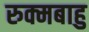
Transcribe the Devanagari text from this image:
रुक्मबाहु